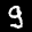
Label: 9